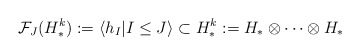
\begin{align*} \mathcal{F}_J (H_*^k) := \langle h_I | I \leq J \rangle \subset H_*^{k} := H_* \otimes \cdots \otimes H_*\end{align*}